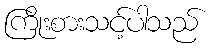
ကြိုးစားသင့်ပါသည်